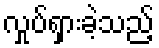
လှုပ်ရှားခဲ့သည့်